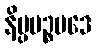
နိပ္ပပဉ္စပဒေ